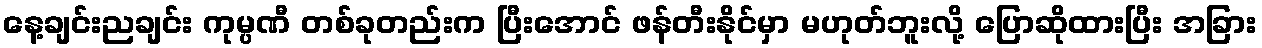
နေ့ချင်းညချင်း ကုမ္ပဏီ တစ်ခုတည်းက ပြီးအောင် ဖန်တီးနိုင်မှာ မဟုတ်ဘူးလို့ ပြောဆိုထားပြီး အခြား